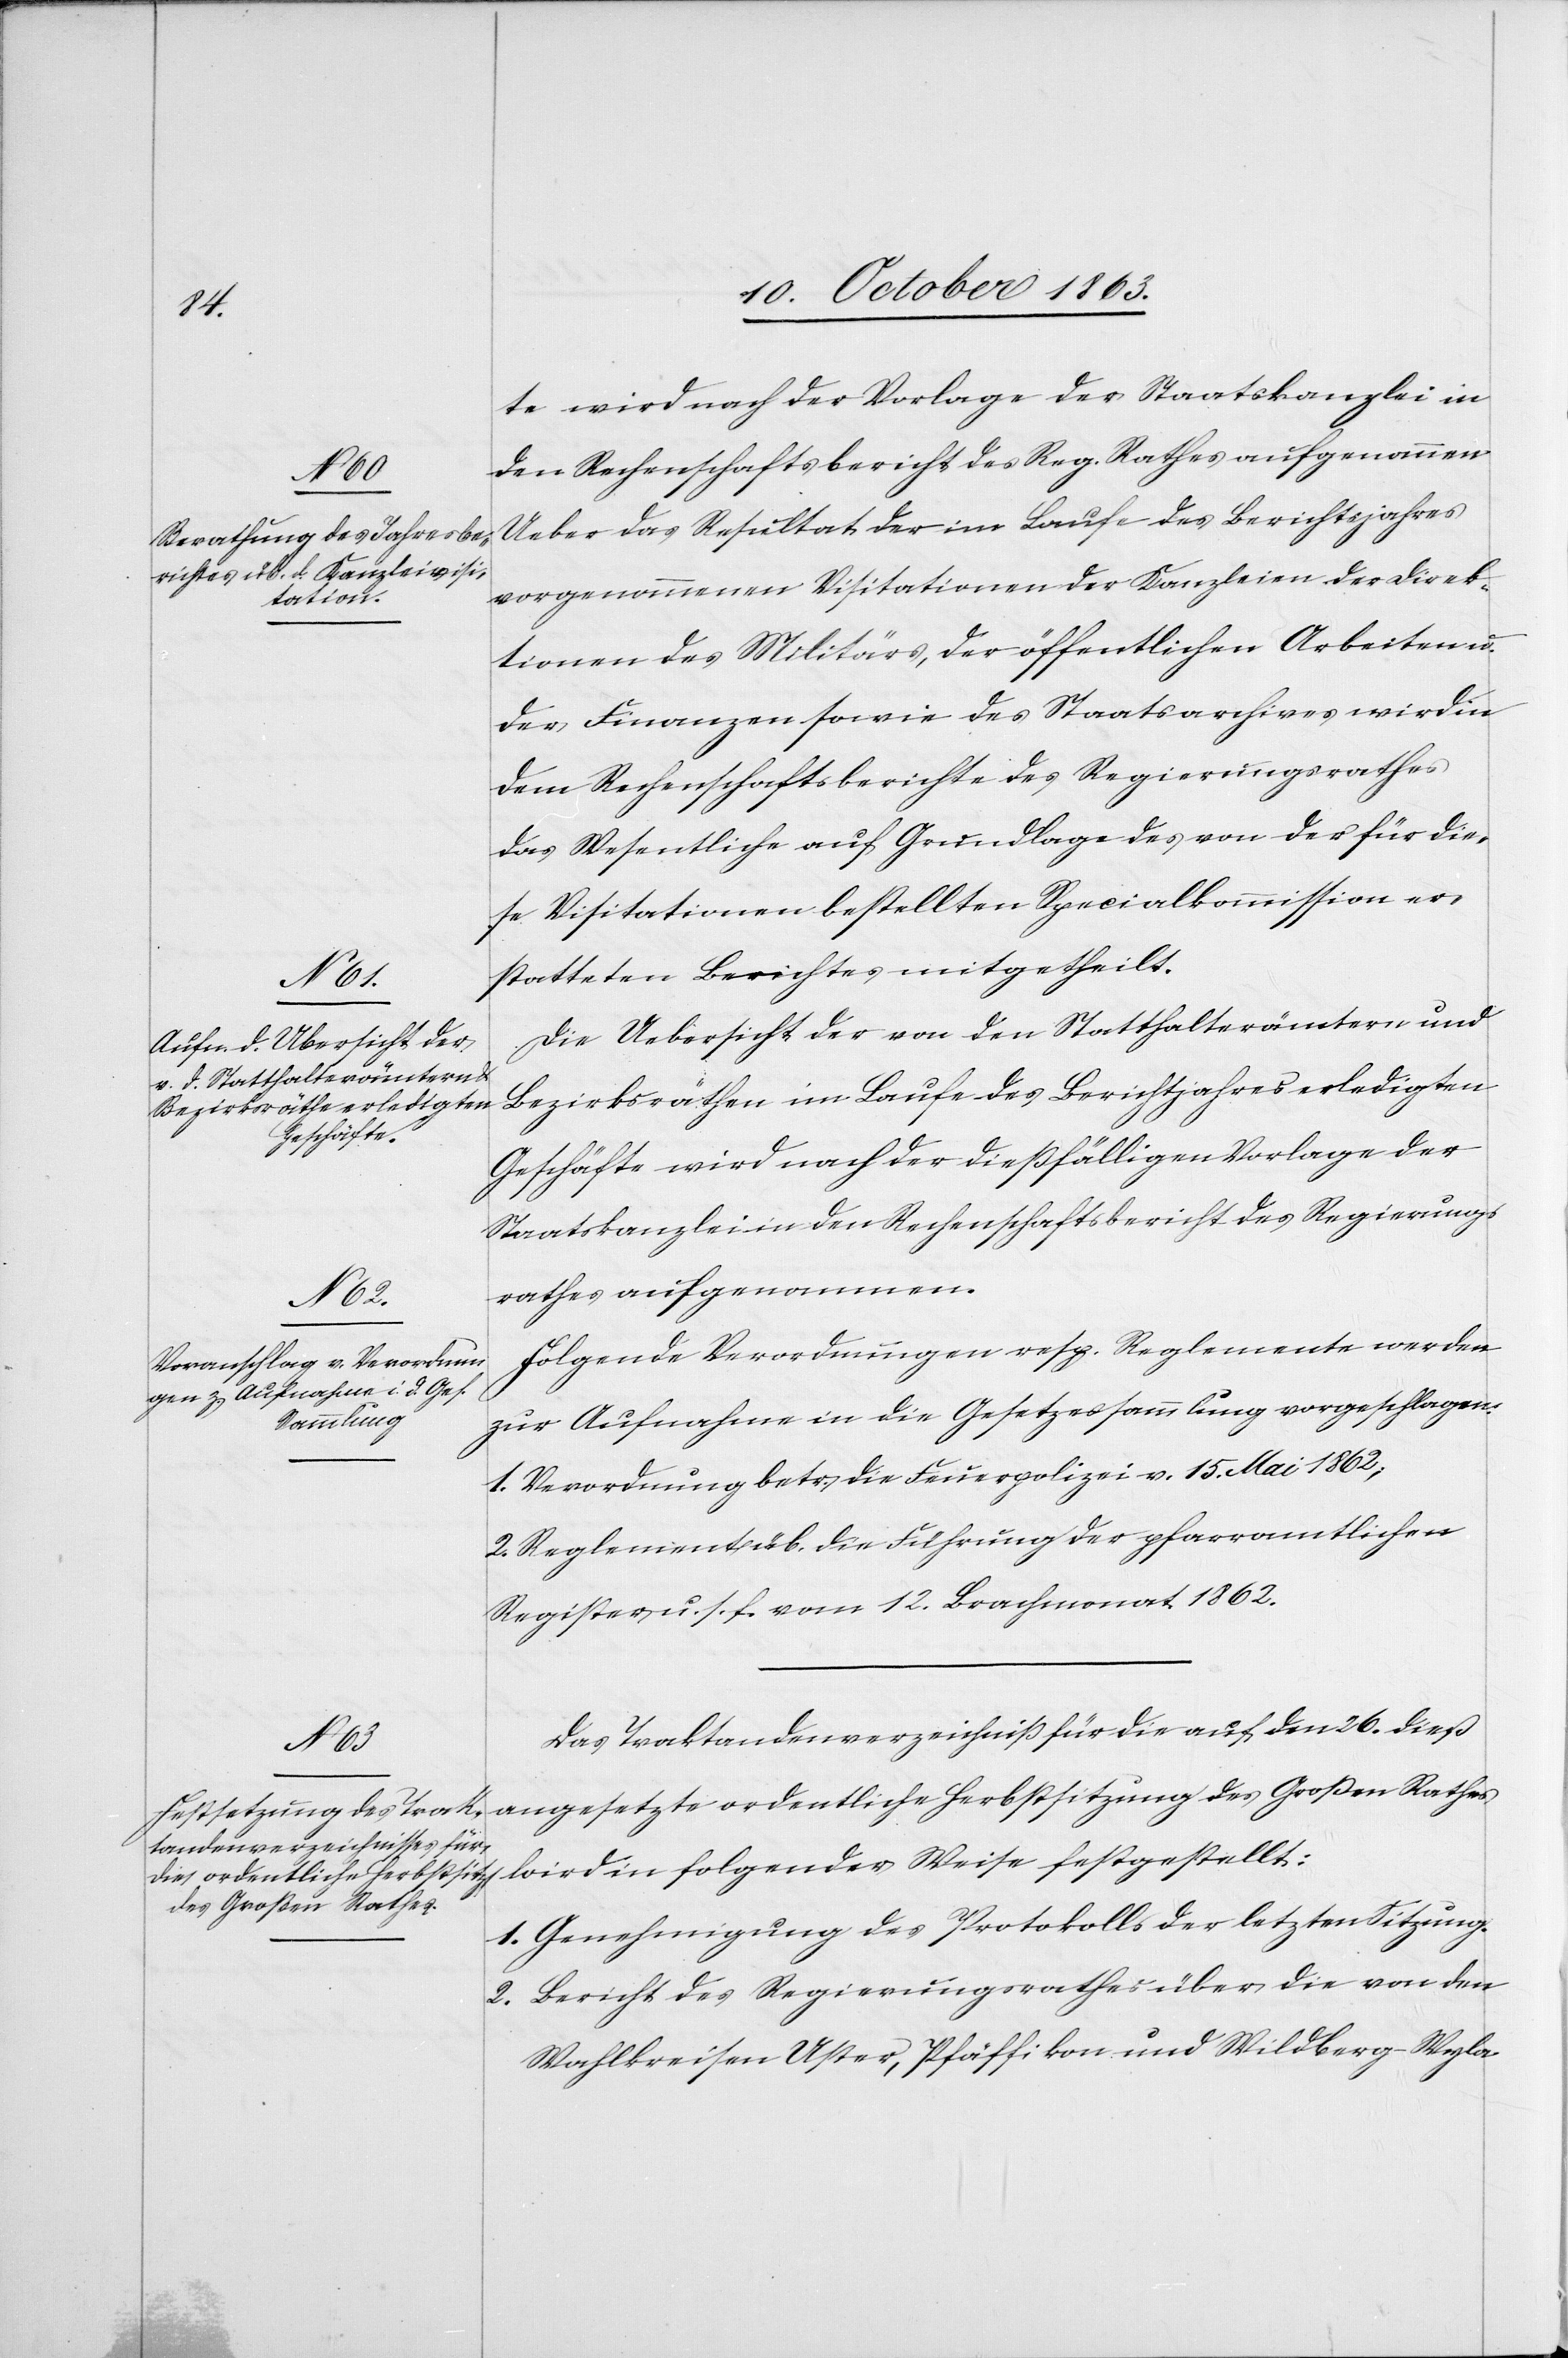
te wird nach der Vorlage der Staatskanzlei in
den Rechenschaftsbericht des Reg. Rathes aufgenommen.
Ueber das Resultat der im Laufe des Berichtsjahres
vorgenommenen Visitationen der Kanzleien der Direk¬
tionen des Militärs, der öffentlichen Arbeiten u.
der Finanzen sowie des Staatsarchives wird in
dem Rechenschaftsberichte des Regierungsrathes
das Wesentliche auf Grundlage des von der für die¬
se Visitationen bestellten Specialkommission er¬
statteten Berichtes mitgetheilt.
Die Uebersicht der von den Statthalterämtern und
Bezirksräthen im Laufe des Berichtjahres erledigten
Geschäfte wird nach der dießfälligen Vorlage der
Staatskanzlei in den Rechenschaftsbericht des Regierungs¬
rathes aufgenommen.
Folgende Verordnungen resp. Reglemente werden
zur Aufnahme in die Gesetzessammlung vorgeschlagen:
1. Verordnung betr. die Feuerpolizei v. 15. Mai 1862;
2. Reglement über die Führung der pfarramtlichen
Register, u. s. f. vom 12. Brachmonat 1862.
Das Traktandenverzeichniß für die auf den 26. dieß
angesetzte ordentliche Herbstsitzung des Großen Rathes
1. Genehmigung des Protokolls der letzten Sitzung.
2. Bericht des Regierungsrathes über die von den
Wahlkreisen Uster, Pfäffikon und Wildberg-Wyla